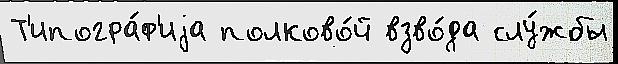
Т'ипогра́ф'иjа полково́й взво́да слу́жбы